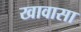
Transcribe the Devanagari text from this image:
खावासा